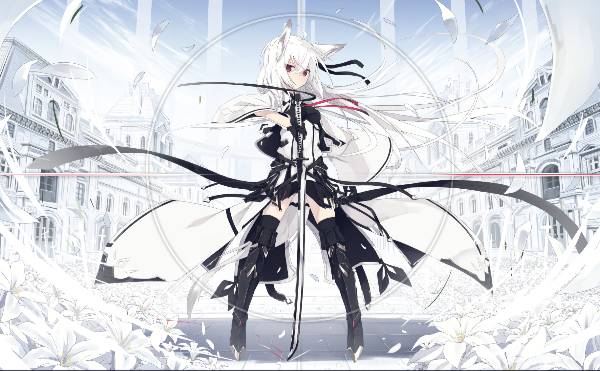
当年志气俱消尽，白发新添四五茎。